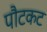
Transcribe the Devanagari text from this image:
पौटकट